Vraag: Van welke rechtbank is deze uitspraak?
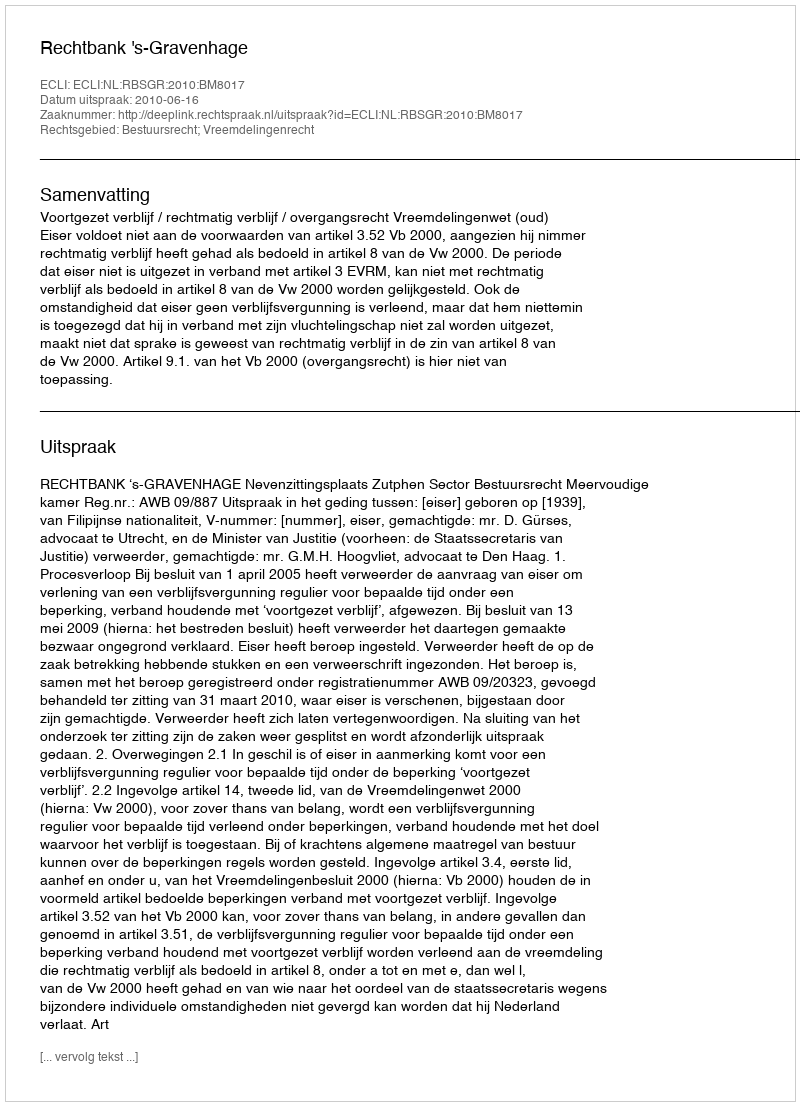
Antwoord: Rechtbank 's-Gravenhage